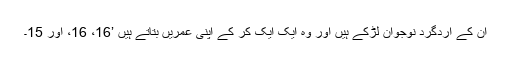
ان کے اردگرد نوجوان لڑکے ہیں اور وہ ایک ایک کر کے اپنی عمریں بتاتے ہیں ’16، 16، اور 15۔